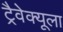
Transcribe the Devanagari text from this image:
ट्रैवेक्यूला